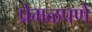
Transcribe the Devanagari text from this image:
प्रेमळपणे